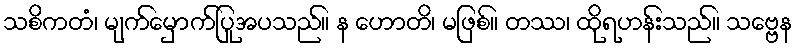
သစိကတံ၊ မျက်မှောက်ပြုအပသည်။ န ဟောတိ၊ မဖြစ်။ တဿ၊ ထိုရဟန်းသည်။ သဗ္ဗေန